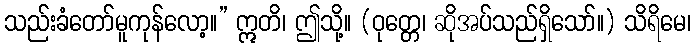
သည်းခံတော်မူကုန်လော့။” ဣတိ၊ ဤသို့။ (ဝုတ္တေ၊ ဆိုအပ်သည်ရှိသော်။) သိရိမေ၊